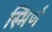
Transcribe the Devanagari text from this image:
स्मिर्ण